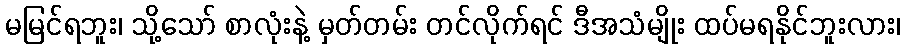
မမြင်ရဘူး၊ သို့သော် စာလုံးနဲ့ မှတ်တမ်း တင်လိုက်ရင် ဒီအသံမျိုး ထပ်မရနိုင်ဘူးလား၊